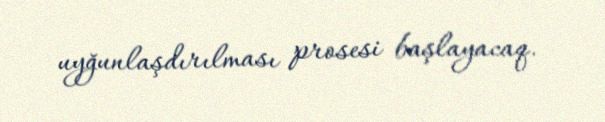
uyğunlaşdırılması prosesi başlayacaq.